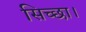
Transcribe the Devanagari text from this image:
सिच्‍छा।